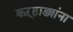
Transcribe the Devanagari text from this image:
कऱ्हाड्यांना